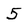
Character: 5